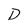
Character: D